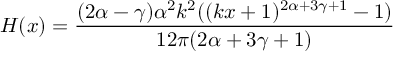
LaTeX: H ( x ) = \frac { ( 2 \alpha - \gamma ) \alpha ^ { 2 } k ^ { 2 } ( ( k x + 1 ) ^ { 2 \alpha + 3 \gamma + 1 } - 1 ) } { 1 2 \pi ( 2 \alpha + 3 \gamma + 1 ) }